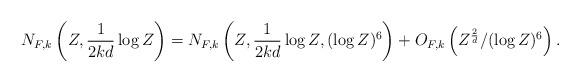
LaTeX: \begin{align*} N_{F,k}\left(Z, \frac{1}{2kd} \log Z \right) = N_{F,k} \left(Z, \frac{1}{2kd} \log Z, (\log Z)^6 \right) + O_{F,k} \left(Z^{\frac{2}{d}}/ (\log Z)^6 \right). \end{align*}